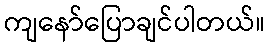
ကျနော်ပြောချင်ပါတယ်။